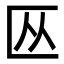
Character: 𫧏